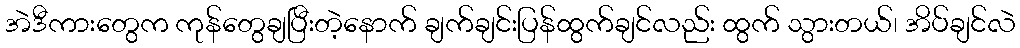
အဲဒီကားတွေက ကုန်တွေချပြီးတဲ့နောက် ချက်ချင်းပြန်ထွက်ချင်လည်း ထွက် သွားတယ်၊ အိပ်ချင်လဲ